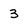
Character: 3